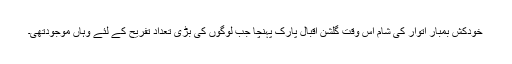
خودکش بمبار اتوار کی شام اس وقت گلشن اقبال پارک پہنچا جب لوگوں کی بڑی تعداد تفریح کے لئے وہاں موجودتھی۔